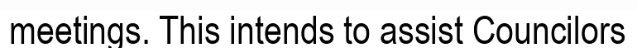
meetings. This intends to assist Councilors